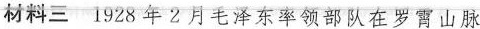
材料三 1928年2月毛泽东率领部队在罗霄山脉